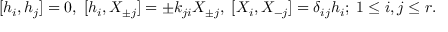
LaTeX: { } [ h _ { i } , h _ { j } ] = 0 , \; [ h _ { i } , X _ { \pm j } ] = \pm k _ { j i } X _ { \pm j } , \; [ X _ { i } , X _ { - j } ] = \delta _ { i j } h _ { i } ; \; 1 \leq i , j \leq r .